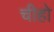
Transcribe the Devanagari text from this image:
चीहो